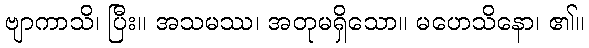
ဗျာကာသိ၊ ပြီး။ အသမဿ၊ အတုမရှိသော။ မဟေသိနော၊ ၏။